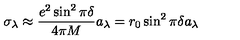
\sigma _ { \lambda } \approx { \frac { e ^ { 2 } \sin ^ { 2 } \pi \delta } { 4 \pi M } } a _ { \lambda } = r _ { 0 } \sin ^ { 2 } \pi \delta a _ { \lambda }